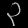
Digit: ၃